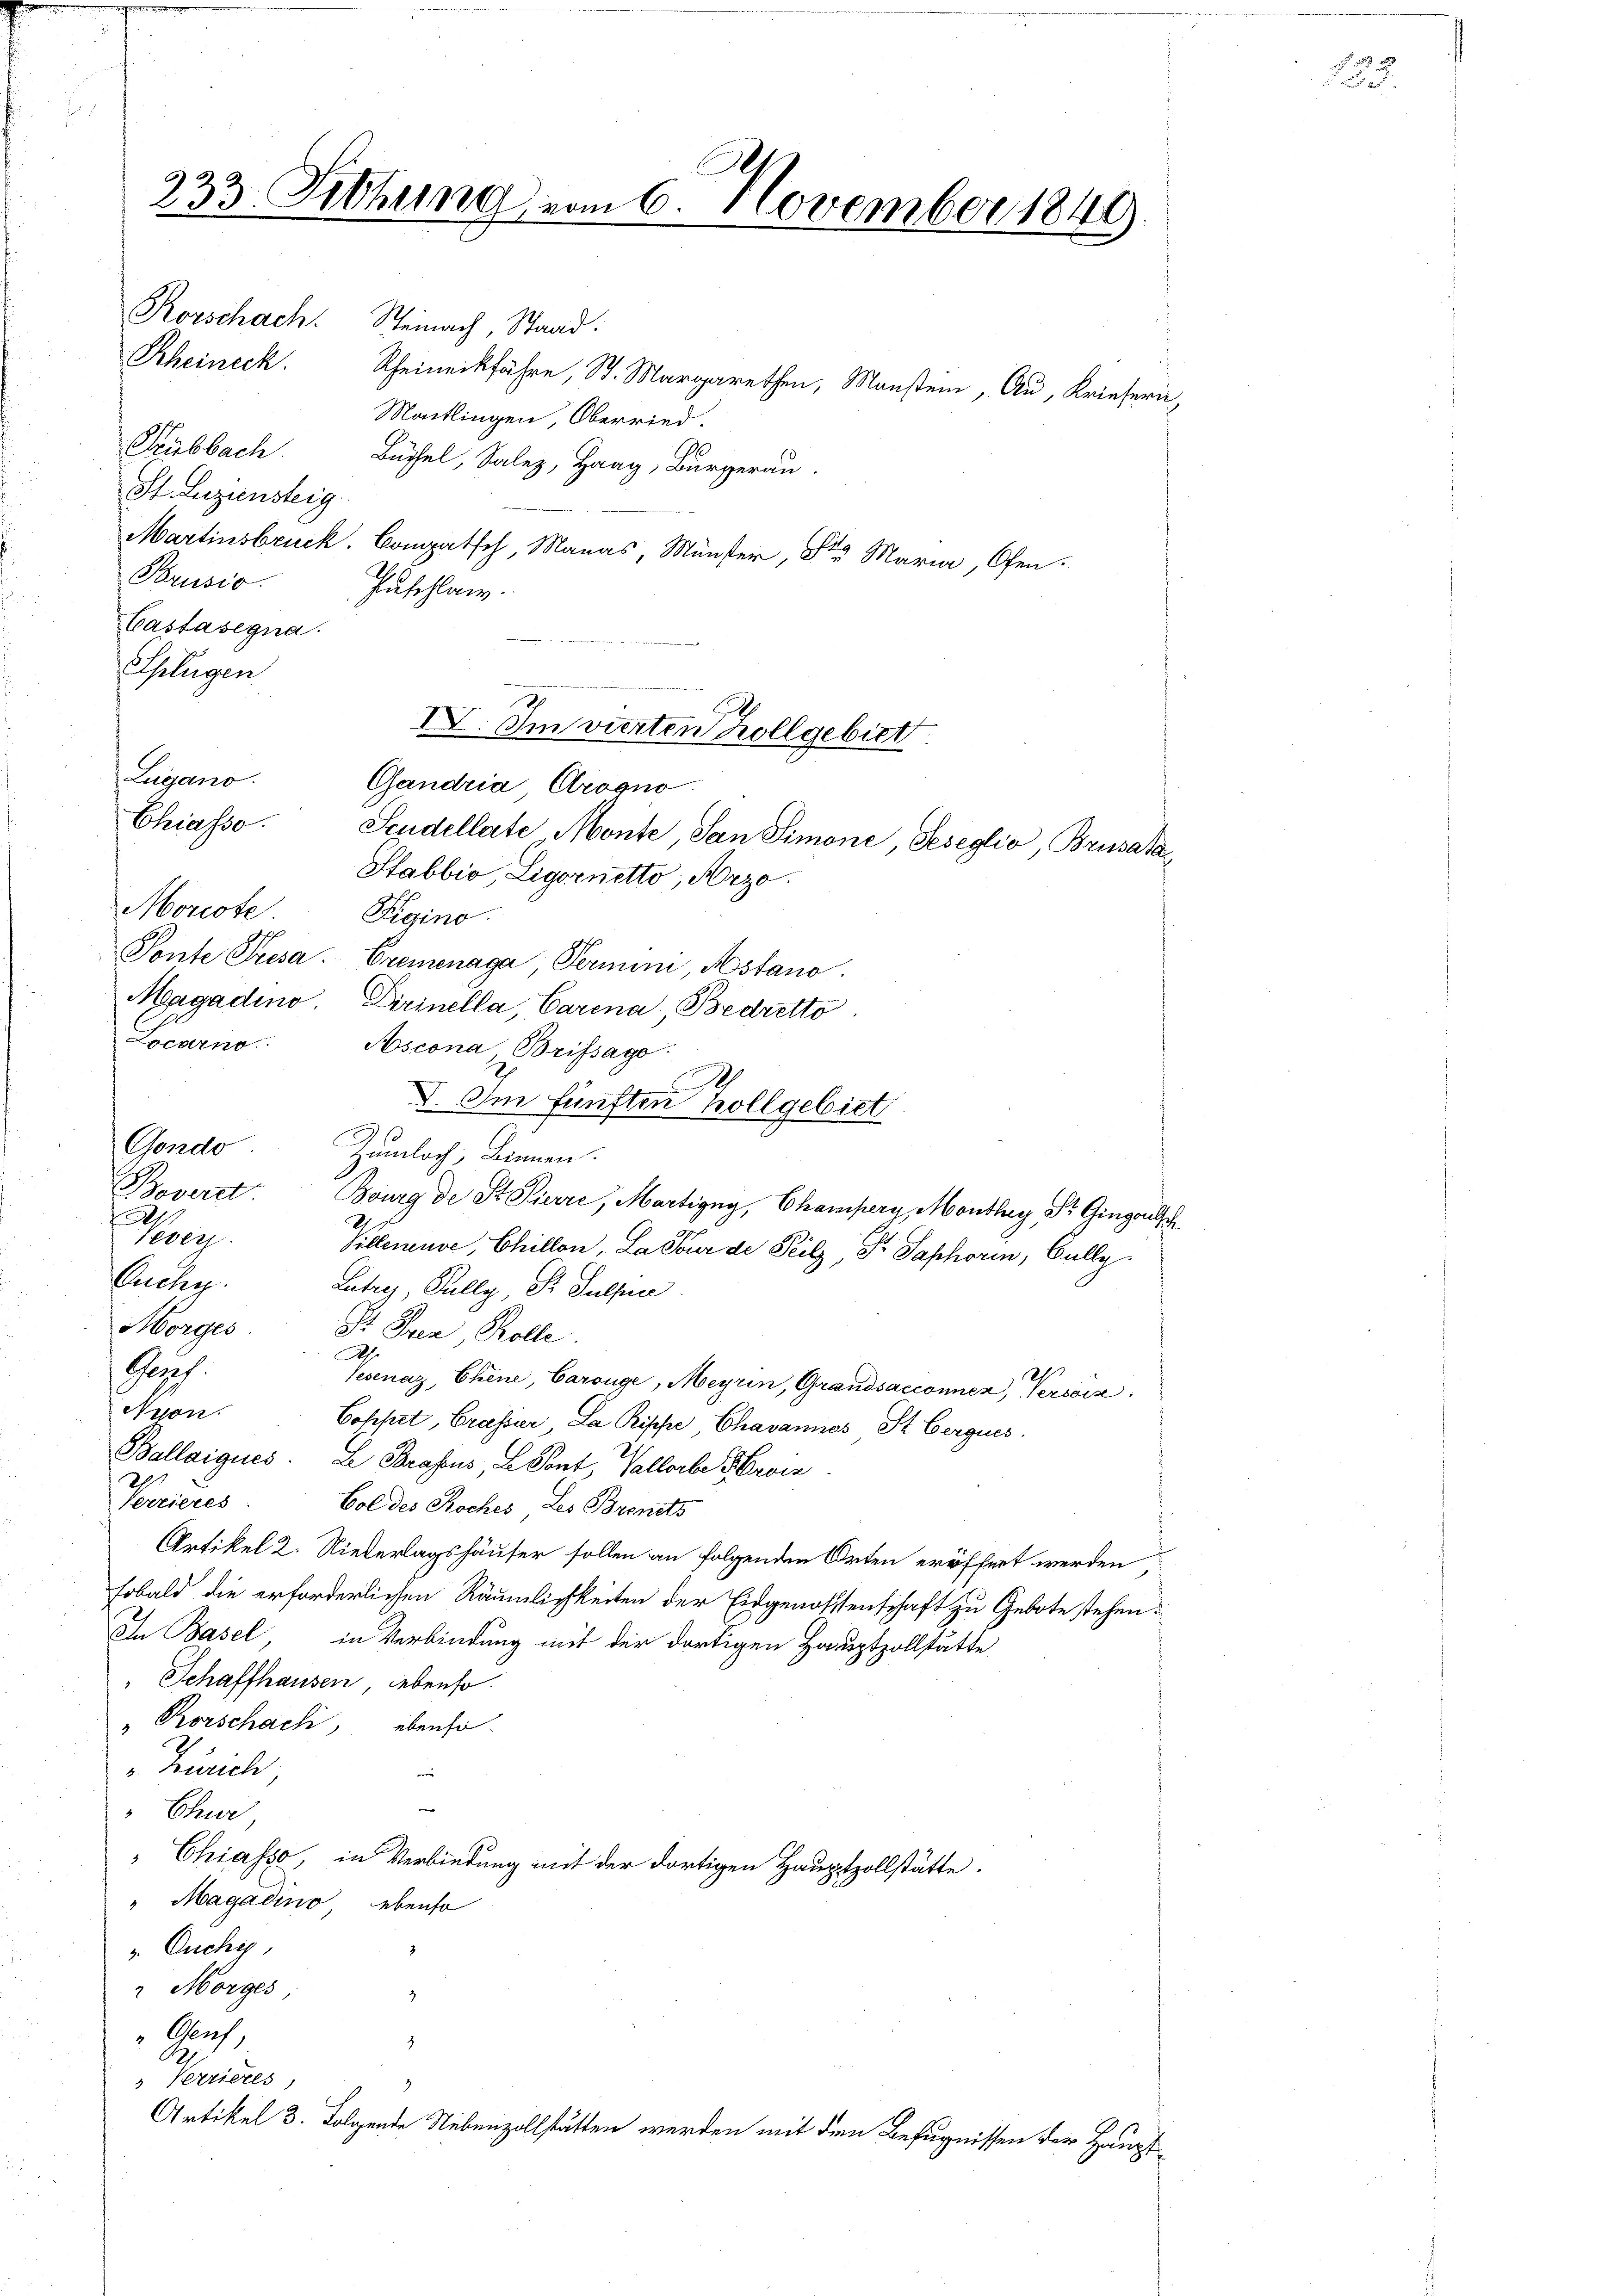
A
233. Sitzung vom 6. November 1849.
Korschach. Steinach, Staad.
Rheineck. Rheineckfahre, St. Margarethen, Monster, Au, Kriefern,

Nonneck
Locarno
Gondo
Boverd
.
Tevers
Ouchy.
Gent.
Nyon.
Porieres

Moitlingen, Oberried.
Trubbach Büchel, Salez, Haag, Bürgerau
St. Luziensteig
Martinsbruck. Compatsch, Manas, Münster, St. Maria, Ofen.
Brusio.
Puschlan.
Castasegna
Splügen
Zugano.
Chiasso.
Figino.
Tonte Presa. Cremenaga, Termini, Astano
Magadino. Dirinella, Carina, Bedretto
Ascona Brissage:

s
I. Im fünften hollgebiet
Zumloch, Binnen.
Bourg de St. Pierre, Martigny, Champerg, Monthey, Dr. Gingisch
Pilleneuve, Chillen. La Pour de Peilz, Dr. Saphorin, Gully
Lutry, Pully, St. Sulpre
Horges Dr. Fren, Rolle
A.
2
Tesenaz, Chene, Carouge, Meyrin, Grandsacconnen, Versis
Coppet, Grassier, La Rische Chavannes St. Berques.
Ballaigues. Le Brasus, L. Pont, Vallorbe Hroi
Gol des Roches Les Brents
Artikel 2. Niederlagshäuser sollen an folgenden Orten eröffnet werden,
sobald die erforderlichen Räumlichkeiten der Eidgenossenschaft zu Gebote stehen.
In Basel, in Verbindung mit der dortigen Hauptzollstätte
" Schaffhausen, lebenso.
"Rorschach, ebenso
 Zürich,
e
|
" Chur,
"Chiasso, in Verbindung mit der dortigen Hauptzollstätte.
" Magadino ebenso
". Ouchy,
 Morges,
2
Genf
z
Verrieres,
.
Artikel 3. Folgende Nebenzollstätten werden mit dem Befugnissen der Haupt¬

VV. Im vierten Zollgebiet
Gandria Arogno
Scudellate Monte, San Simoni, Geseglio, Brusata¬
Stabbio, Ligornetto, Arzo.

189